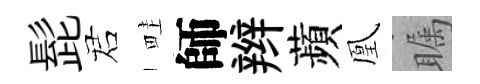
髭诺畦師辫蘋凰瞩